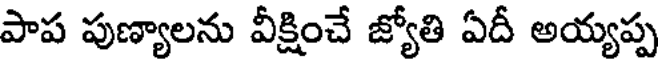
పాప పుణ్యాలను వీక్షించే జ్యోతి ఏదీ అయ్యప్ప